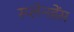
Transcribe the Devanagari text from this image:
स्प्लेनडेंस